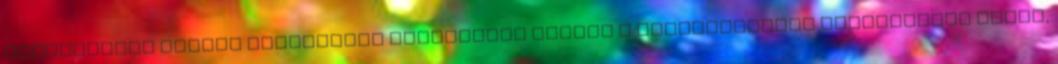
Próbanyomás alatti deformáció vizsgálata esetén a nyomástartási vizsgálatot három,